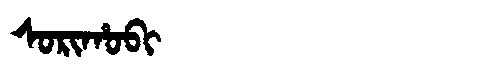
Manchu: ᠰᠣᡵᡳᡥᠣᠪᡳ
Romanization: SORIHOBI